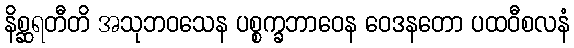
နိစ္ဆရတီတိ အသုဘဝသေန ပစ္စက္ခဘာဝေန ဝေဒနတော ပထဝီစလနံ